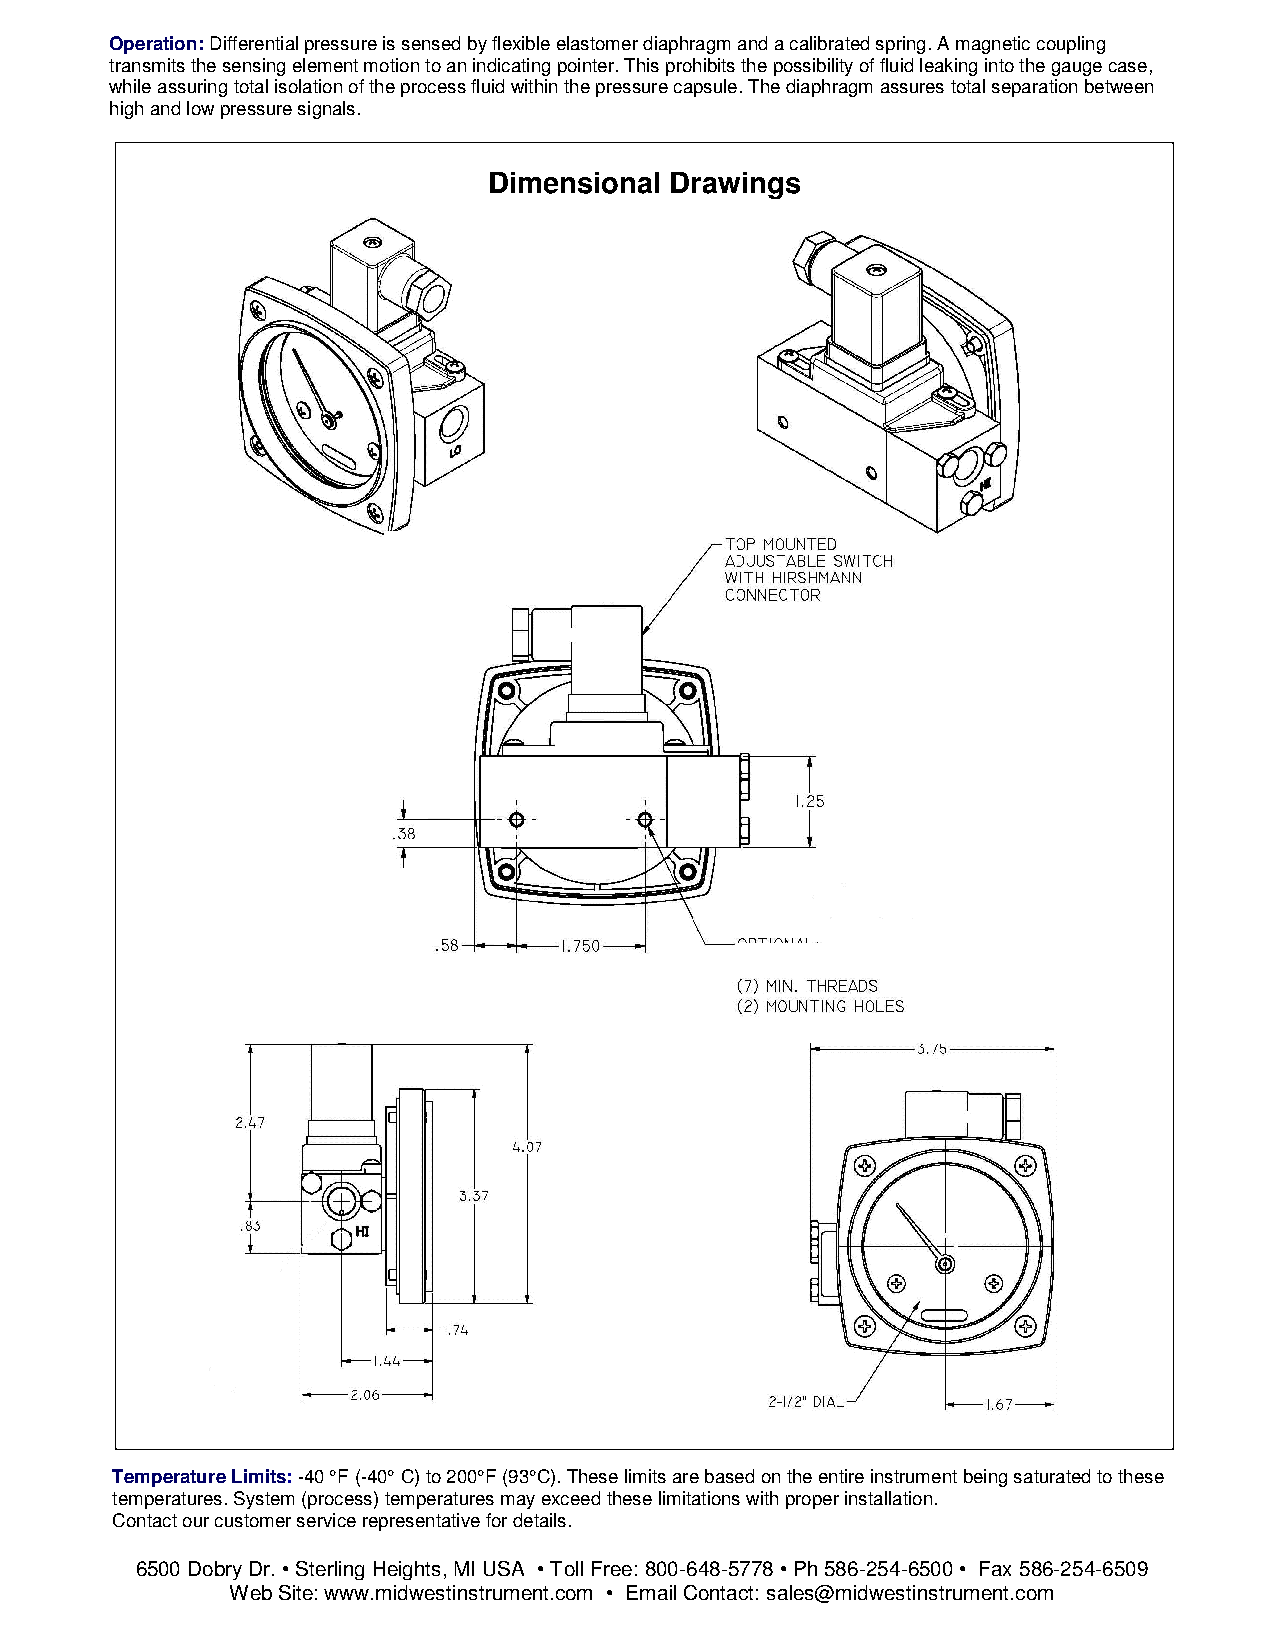
Operation: Differential pressure is sensed by flexible elastomer diaphragm and a calibrated spring. A magnetic coupling
 transmits the sensing element motion to an indicating pointer. This prohibits the possibility of fluid leaking into the gauge case,
 while assuring total isolation of the process fluid within the pressure capsule. The diaphragm assures total separation between
 high and low pressure signals.
 Dimensional Drawings
 Tem perature Limits: -40 °F (-40° C) to 200°F (93°C). These limits are based on the entire instrument being saturated to these
 temperatures. System (process) temperatures may exceed these limitations with proper installation.
 Contact our customer service representative for details.
 65 00 Dobry Dr. • Sterling Heights, MI USA • Toll Free: 800-648-5778 • Ph 586-254-6500 • Fax 586-254-6509
 Web Site: www.midwestinstrument.com • Email Contact: sales@midwestinstrument.com